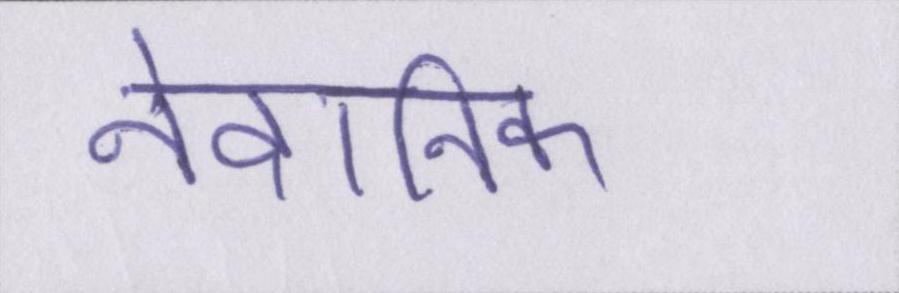
नैदानिक